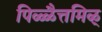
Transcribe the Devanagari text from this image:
पिळ्ळैत्तमिऴ्